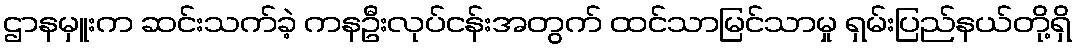
ဌာနမှူးက ဆင်းသက်ခဲ့ ကနဦးလုပ်ငန်းအတွက် ထင်သာမြင်သာမှု ရှမ်းပြည်နယ်တို့ရှိ